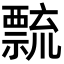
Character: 𥜆